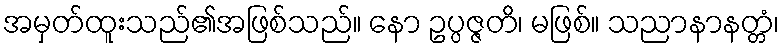
အမှတ်ထူးသည်၏အဖြစ်သည်။ နော ဥပ္ပဇ္ဇတိ၊ မဖြစ်။ သညာနာနတ္တံ၊